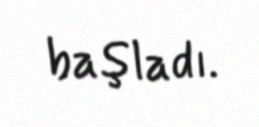
başladı.